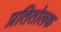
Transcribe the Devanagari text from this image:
प्रतितोलक